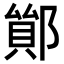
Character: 𨝤